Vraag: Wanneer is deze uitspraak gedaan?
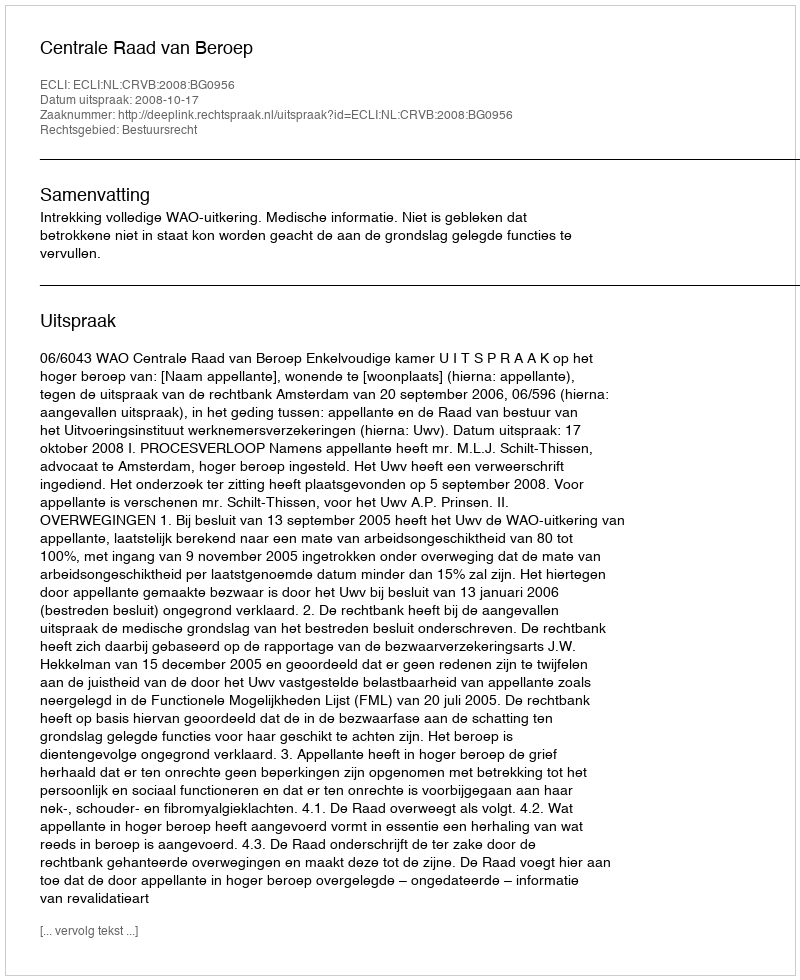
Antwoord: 2008-10-17